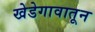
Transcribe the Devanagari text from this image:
खेडेगावातून